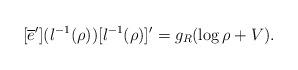
LaTeX: \begin{align*}[\overline{e}^{\prime}](l^{-1}(\rho))[l^{-1}(\rho)]^{\prime}=g_{R}(\log\rho+V).\end{align*}